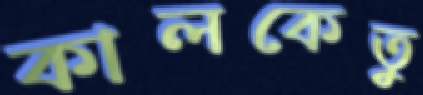
কালকেতু